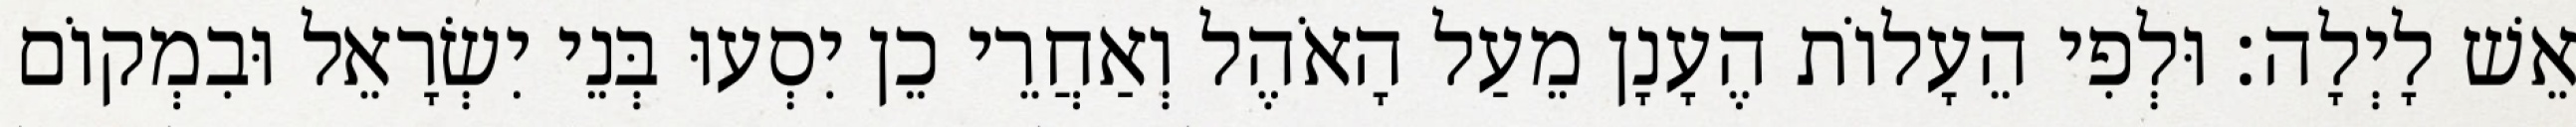
אֵשׁ לָיְלָה׃ וּלְפִי הֵעָלוֹת הֶעָנָן מֵעַל הָאֹהֶל וְאַחֲרֵי כֵן יִסְעוּ בְּנֵי יִשְׂרָאֵל וּבִמְקוֹם